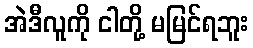
အဲဒီလူကို ငါတို့ မမြင်ရဘူး